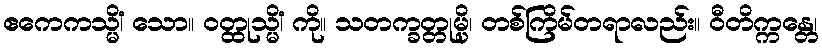
ဧကေကသ္မိံ၊ သော။ ဝတ္ထုသ္မိံ၊ ကို။ သတက္ခတ္တုမ္ပိ၊ တစ်ကြိမ်တရာလည်း။ ဝီတိက္ကန္တေ၊